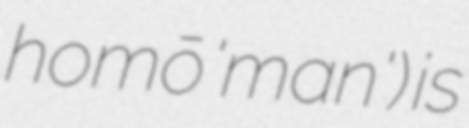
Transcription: homō 'man') is